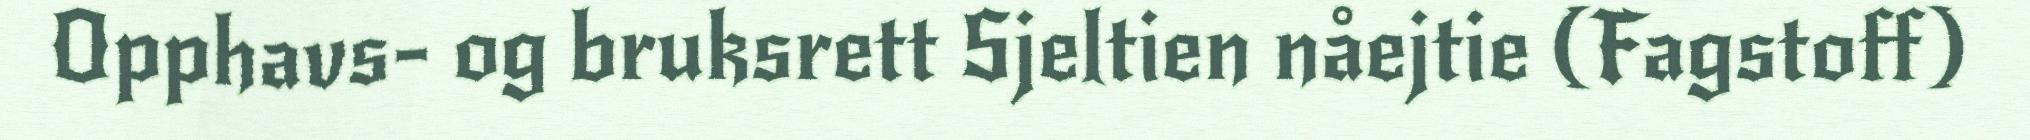
Opphavs- og bruksrett Sjeltien nåejtie (Fagstoff)